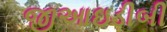
જીઆઇડીબી